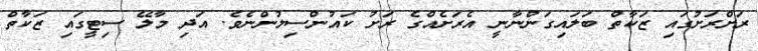
ރަށްރަށުގައި ޒަކާތް ބަލައިގަންނާނީ އެރަށެއްގެ ރަށު ކައުންސިލުންނެވެ. އަދި މާލޭ ސިޓީގައި ޒަކާތް